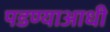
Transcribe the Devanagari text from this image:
पडण्याआधी